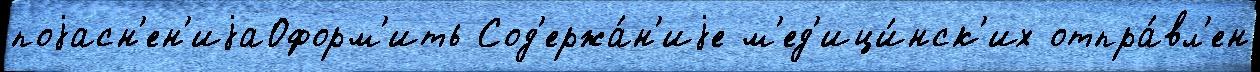
поjасн'ен'иjаОформ'ить Сод'ержа́н'иjе м'ед'ици́нск'их отпра́вл'ен